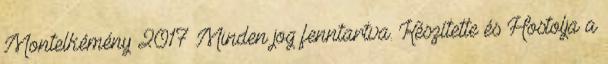
Montelkémény 2017 Minden jog fenntartva. Készítette és Hostolja a